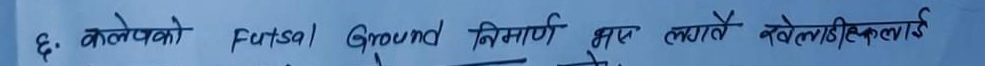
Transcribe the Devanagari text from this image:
६: कलेजको Futsal Ground निर्माण भए लगत्तै खेलडीकलई